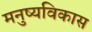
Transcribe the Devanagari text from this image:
मनुष्यविकास